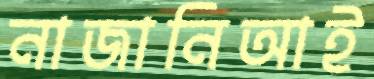
নাজানিআই